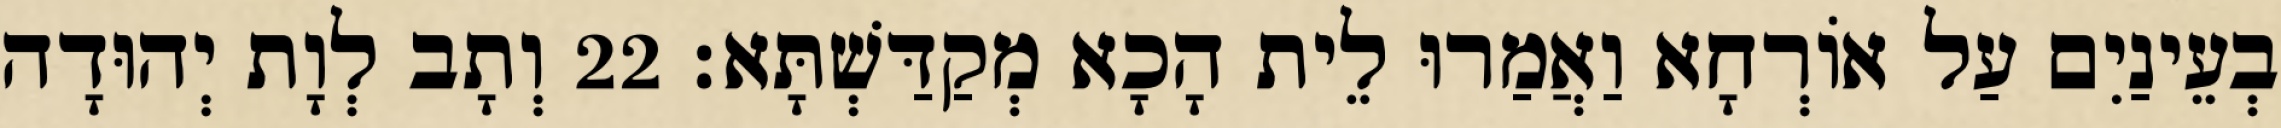
בְעֵינַיִם עַל אוֹרְחָא וַאֲמַרוּ לֵית הָכָא מְקַדַּשְׁתָּא׃ 22 וְתָב לְוָת יְהוּדָה